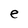
Character: e